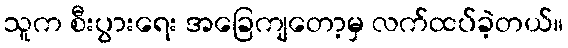
သူက စီးပွားရေး အခြေကျတော့မှ လက်ထပ်ခဲ့တယ်။